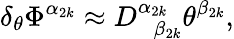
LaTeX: \delta_{\theta}\Phi^{\alpha_{2k}}\approx D_{\; \; \beta_{2k}}^{\alpha_{2k}}\theta^{\beta_{2k}},